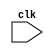
module your_module_name (
    input wire clk,
    // other input and output ports
);

// Other declarations and logic

always @(negedge clk) begin
    // Code for the process triggered at falling edge of clock
end

// Other logic for the module

endmodule